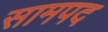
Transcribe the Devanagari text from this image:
सामपद